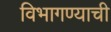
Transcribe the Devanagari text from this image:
विभागण्याची